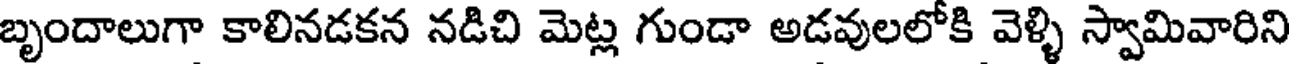
బృందాలుగా కాలినడకన నడిచి మెట్ల గుండా అడవులలోకి వెళ్ళి స్వామివారిని